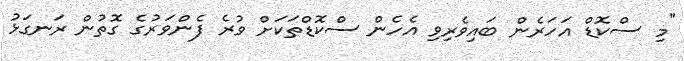
"މި ސްކޮޑް އަހަރެން ބައިވެރިވި އެހެން ސްކޮޑްތަަކަށް ވުރެ ފެންވަރުގެ ގޮތުން ރަނގަޅު